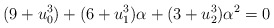
\begin{align*}(9+u_0^3)+(6+u_1^3)\alpha+(3+u_2^3)\alpha^2=0\end{align*}